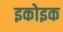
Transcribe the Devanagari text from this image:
इकोइक